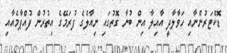
ޑޮކްޓަރުންނާއި ހަވާލާދީ އާއިލާ އިން ބުނާ ގޮތުގައި ނިއާލްގެ ފުރަމޭގެ އިތުރުން ފުއްޕާމެއާއި